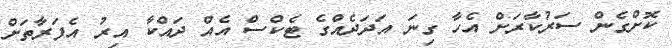
ކޮށްގެން ސަރުކާރަށް އެހާ ގިނަ އަދަދެއްގެ ޓެކްސް އެއް ދައްކާ އިރު އެފަރާތަށް